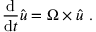
{ \frac { \mathrm { d } } { \mathrm { d } t } } { \hat { \boldsymbol { u } } } = { \boldsymbol { \Omega \times { \hat { u } } } } \ .